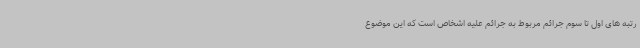
رتبه های اول تا سوم جرائم مربوط به جرائم علیه اشخاص است که این موضوع